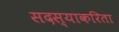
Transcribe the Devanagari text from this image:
सदस्याकरिता